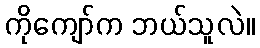
ကိုကျော်က ဘယ်သူလဲ။